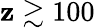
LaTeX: \mathbf{z}\gtrsim100